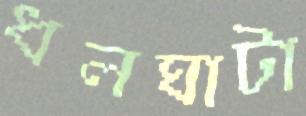
ধলঘাটা